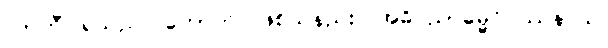
လာဘီ၊ ရသည်။ ဟောတိ၊ ဖြစ်သနည်း။ အဓိပညာဓမ္မဝိပဿနာယ၊